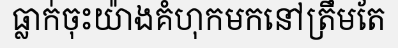
ធ្លាក់ចុះយ៉ាងគំហុកមកនៅត្រឹមតែ